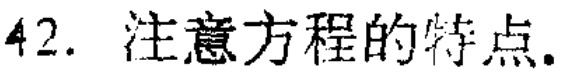
42. 注意方程的特点。